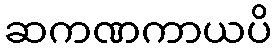
ဆကဏကာယပိ